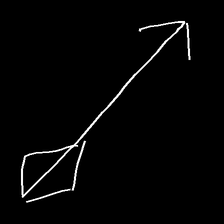
Glyph: focus